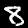
Digit: 8